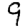
Digit: 9